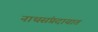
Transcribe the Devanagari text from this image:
नाथसंप्रदायात